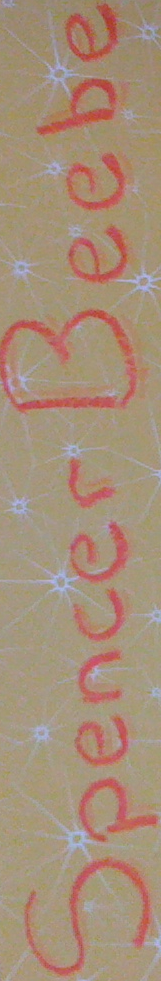
Spencer Beebe